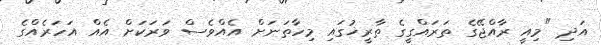
އަދި "މިއީ ރާއްޖޭގެ ތަރައްގީގެ ތާރީޚުގައި މިހާތަނަށް އެއްވެސް ވަރަކަށް އެއް އަހަރެއްގެ